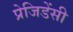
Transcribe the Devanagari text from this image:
प्रेजिडेंसी